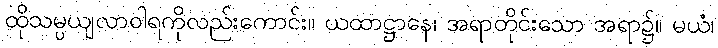
ထိုသမ္ပယျလာဝါရကိုလည်းကောင်း။ ယထာဋ္ဌာနေ၊ အရာတိုင်းသော အရာ၌။ မယံ၊